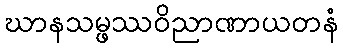
ဃာနသမ္ဖဿဝိညာဏာယတနံ